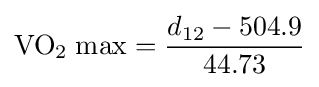
\mathrm {VO_{2}\;max} ={d_{12}-504.9 \over 44.73}